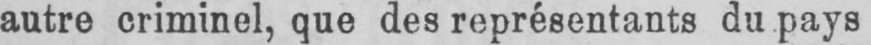
autre criminel, que des représentants du pays